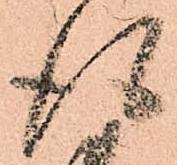
得